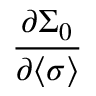
\frac { \partial \Sigma _ { 0 } } { \partial \langle \sigma \rangle }